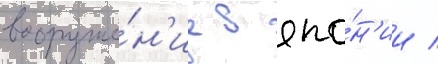
вооруже́н'ие в япо́н'ии /